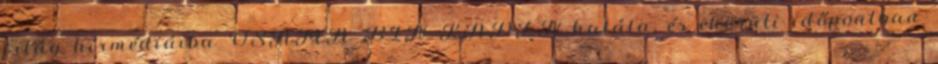
világ hírmédiáiba OSAMA BIN LADEN halála, és ekörüli időpontban